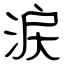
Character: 涙